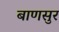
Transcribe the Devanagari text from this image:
बाणसुर